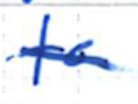
Text: to
Cross-out: single-line
Writing tool: ballpoint